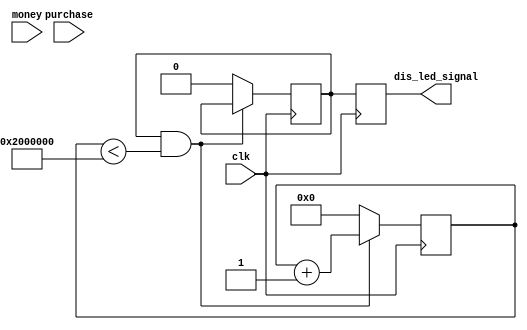
`timescale 1ns / 1ps
//////////////////////////////////////////////////////////////////////////////////
// Company: 
// Engineer: 
// 
// Design Name: 
// Module Name: one-shot
// Project Name: 
// Target Devices: 
// Tool Versions: 
// Description: 
// 
// Dependencies: 
// 
// Revision:
// Revision 0.01 - File Created
// Additional Comments:
// 
//////////////////////////////////////////////////////////////////////////////////


module oneshot(
    input clk,
    input money,
    input purchase,
    output reg dis_led_signal
);

    // store 26-bit count - BETTER TO SLOW CLOCK DOWN!
    // for a 100MHz clock, 26'h2000000 delays ~4 sec
    // (note this defines a 26-bit value in hex)
    reg [25:0] count;
    reg y; // Added declaration for y

    // change state on the rising edge of the clock
    always @(posedge clk)
    begin
        // start on rising edge
        if ((purchase == 1) && (money == 12'd40))
        begin
            y <= 1;
            count <= 0;
        end
        // count reached max value
        else if ((y == 1) && (count < 26'h2000000))
        begin
            count <= count + 1;
        end
        // else, done
        else
        begin
            count <= 0;
            y <= 0;
        end
        // Assign the output
        dis_led_signal <= y;
    end
endmodule